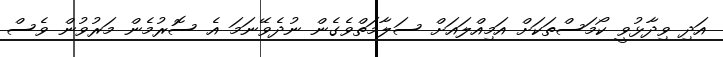
އަދި ވިދާޅުވީ ކޯމަސްތަކަށް އަމިއްލައަށް ސަލާމަތްވެގެން ނުދެވޭނަމަ އެ ސޮރުމެން މަރުވުން ވެސް